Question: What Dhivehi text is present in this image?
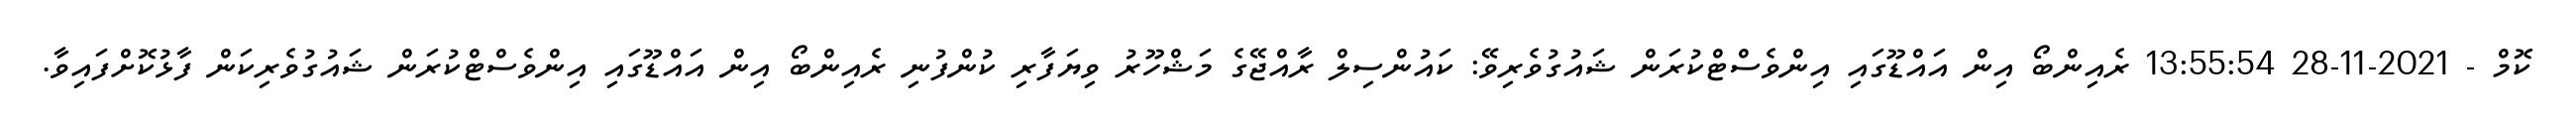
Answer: ކޮމް - 2021-11-28 13:55:54 ރެއިންބޯ އިން އައްޑޫގައި އިންވެސްޓްކުރަން ޝައުގުވެރިވޭ: ކައުންސިލް ރާއްޖޭގެ މަޝްހޫރު ވިޔަފާރި ކުންފުނި ރެއިންބޯ އިން އައްޑޫގައި އިންވެސްޓްކުރަން ޝައުގުވެރިކަން ފާޅުކޮށްފައިވާ.